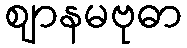
ဈာနမဗုဓာ